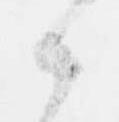
候